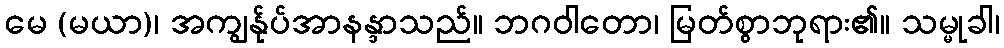
မေ (မယာ)၊ အကျွန်ုပ်အာနန္ဒာသည်။ ဘဂဝါတော၊ မြတ်စွာဘုရား၏။ သမ္မုခါ၊